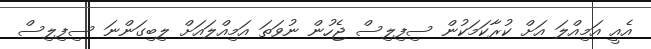
އެއީ އަމިއްލަ އަށް ކުރާކަމަކުން ސިފިލިސް ޖެހުން ނުވަތަ އަމިއްލައަށް ލިބިގަންނަ ސިފިލިސް